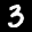
Label: 3